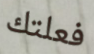
فعلتك